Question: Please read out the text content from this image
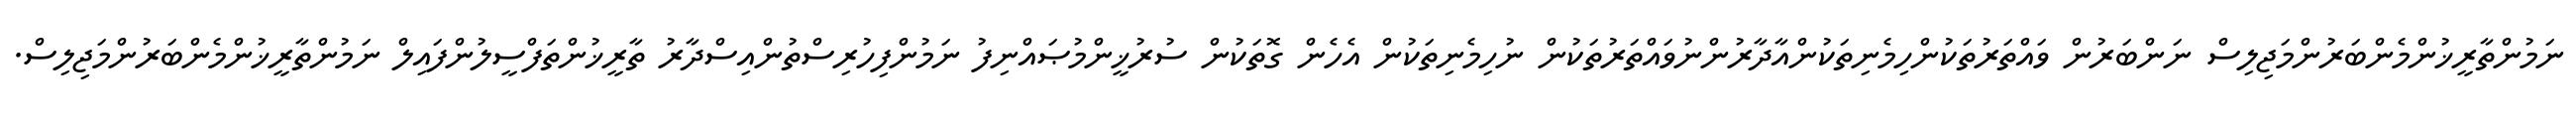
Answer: ނަމުންތާރީޚުންމެންބަރުންމަޖިލިސް ނަންބަރުން ވައްތަރުތަކުންހިމެނިތަކުންއާދާރުންނުވައްތަރުތަކުން ނުހިމެނިތަކުން އެހެން ގޮތަކުން ސުރުޚީންމުޞައްނިފު ނަމުންފިހުރިސްތުންއިސްދާރު ތާރީޚުންތަފްސީލުންފައިލް ނަމުންތާރީޚުންމެންބަރުންމަޖިލިސް.